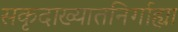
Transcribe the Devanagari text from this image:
सकृदाख्यातनिर्गाह्या